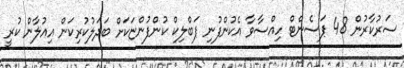
ސަރުކާރުން 48 ޕަސެންޓް ހިއްސާވާ އެކުންފުނި ޕަބްލިކް ކުންފުންޏަކަށް ބަދަލުކުރިކަން އިއުލާން ކުރީ